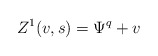
\begin{align*}Z^1(v,s) = \Psi^q + v\end{align*}